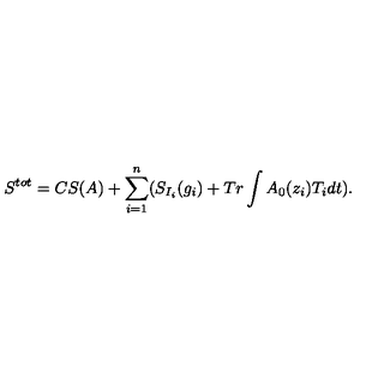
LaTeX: S ^ { t o t } = C S ( A ) + \sum _ { i = 1 } ^ { n } ( S _ { I _ { i } } ( g _ { i } ) + T r \int A _ { 0 } ( z _ { i } ) T _ { i } d t ) .